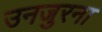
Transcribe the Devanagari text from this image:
उनजुरना